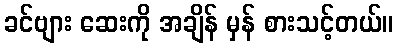
ခင်ဗျား ဆေးကို အချိန် မှန် စားသင့်တယ်။